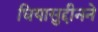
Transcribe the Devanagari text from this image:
घियासुद्दीनने